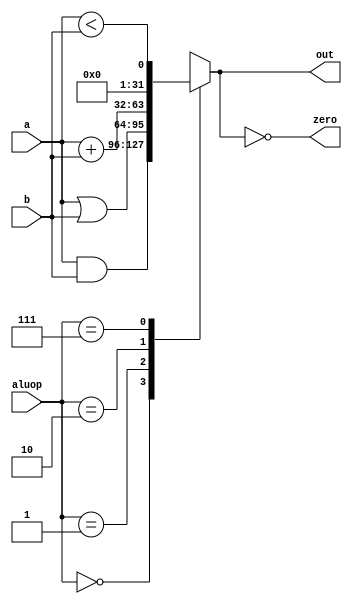
module ALU (input [3:0] aluop, input [31:0] a, b, output reg [31:0] out, output reg zero);
    initial begin
        out = 0;
        zero = 0;
    end
    always @(*) begin
        case (aluop)
            4'b0000: out = a & b;
            4'b0001: out = a | b;
            4'b0010: out = a + b;
            4'b0010: out = a - b;
            4'b0111: out = a < b;
            default: out = 32'bxxxxxxxx;
        endcase
        zero = (out == 32'h0000);
    end
endmodule